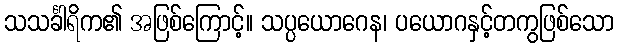
သသင်္ခါရိက၏ အဖြစ်ကြောင့်။ သပ္ပယောဂေန၊ ပယောဂနှင့်တကွဖြစ်သော